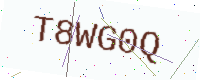
Text: T8WG0Q